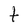
Character: t